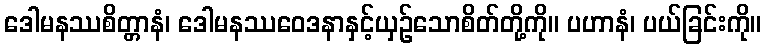
ဒေါမနဿစိတ္တာနံ၊ ဒေါမနဿဝေဒနာနှင့်ယှဉ်သောစိတ်တို့ကို။ ပဟာနံ၊ ပယ်ခြင်းကို။